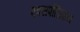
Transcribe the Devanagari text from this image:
एक्सपोजिशन